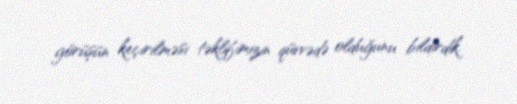
görüşün keçirilməsi təklifimizin qüvvədə olduğunu bildirdik.